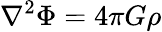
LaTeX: \nabla^{2}\Phi=4\pi G\rho